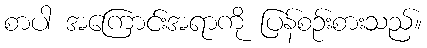
စာပါ အကြောင်းအရာကို ပြန်စဉ်းစားသည်။